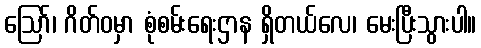
ဩော်၊ ဂိတ်ဝမှာ စုံစမ်းရေးဌာန ရှိတယ်လေ၊ မေးပြီးသွားပါ။